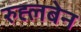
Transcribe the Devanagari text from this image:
रुह्लबेन